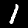
Digit: 1